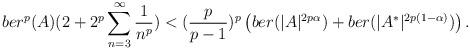
LaTeX: \begin{align*}ber^p(A) {(2+ 2^{p}\displaystyle\sum_{n=3}^{\infty}\frac{1}{n^p})}< (\frac{p}{p-1} )^{p} \left(ber(|A|^{2p\alpha})+ber(|A^*|^{2p(1-\alpha)})\right).\end{align*}